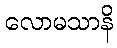
လောမသာနိ